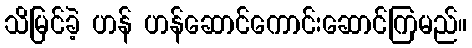
သိမြင်ခဲ့ ဟန် ဟန်ဆောင်ကောင်းဆောင်ကြမည်။